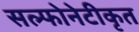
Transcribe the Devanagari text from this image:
सल्फोनेटीकृत